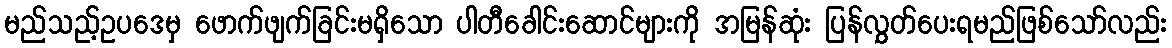
မည်သည့်ဥပဒေမှ ဖောက်ဖျက်ခြင်းမရှိသော ပါတီခေါင်းဆောင်များကို အမြန်ဆုံး ပြန်လွှတ်ပေးရမည်ဖြစ်သော်လည်း